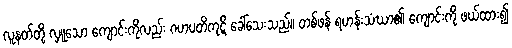
လူနတ်တို့ လှူသော ကျောင်းကိုလည်း ဂဟပတိကုဋိ ခေါ်သေးသည်။ တစ်ဖန် ရဟန်းသံဃာ၏ ကျောင်းကို ဖယ်ထား၍